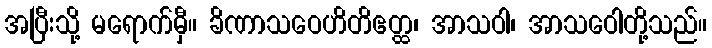
အပြီးသို့ မရောက်မှီ။ ခိဏာသဝေဟိတိဧတ္ထ၊ အာသဝါ၊ အာသဝေါတို့သည်။